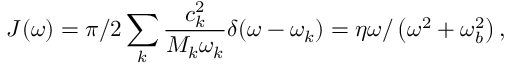
J ( \omega ) = \pi / 2 \sum _ { k } \frac { c _ { k } ^ { 2 } } { M _ { k } \omega _ { k } } \delta ( \omega - \omega _ { k } ) = \eta \omega / \left( \omega ^ { 2 } + \omega _ { b } ^ { 2 } \right) ,